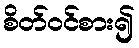
စိတ်ဝင်စား၍